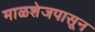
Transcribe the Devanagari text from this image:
माळशेजपासून